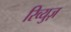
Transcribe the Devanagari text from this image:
रिव्युज़